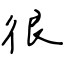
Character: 很